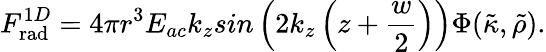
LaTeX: F_{\mathrm{rad}}^{1D}=4\pi r^{3}E_{ac}k_{z}sin\left(2k_{z}\left(z+\frac{w}{2}\right)\right)\Phi(\tilde{\kappa},\tilde{\rho}).